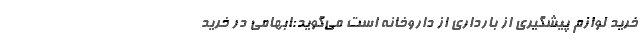
خرید لوازم پیشگیری از بارداری از داروخانه است می‌گوید:ابهامی در خرید